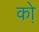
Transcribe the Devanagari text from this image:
को़